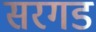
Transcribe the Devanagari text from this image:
सरगड